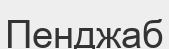
Пенджаб